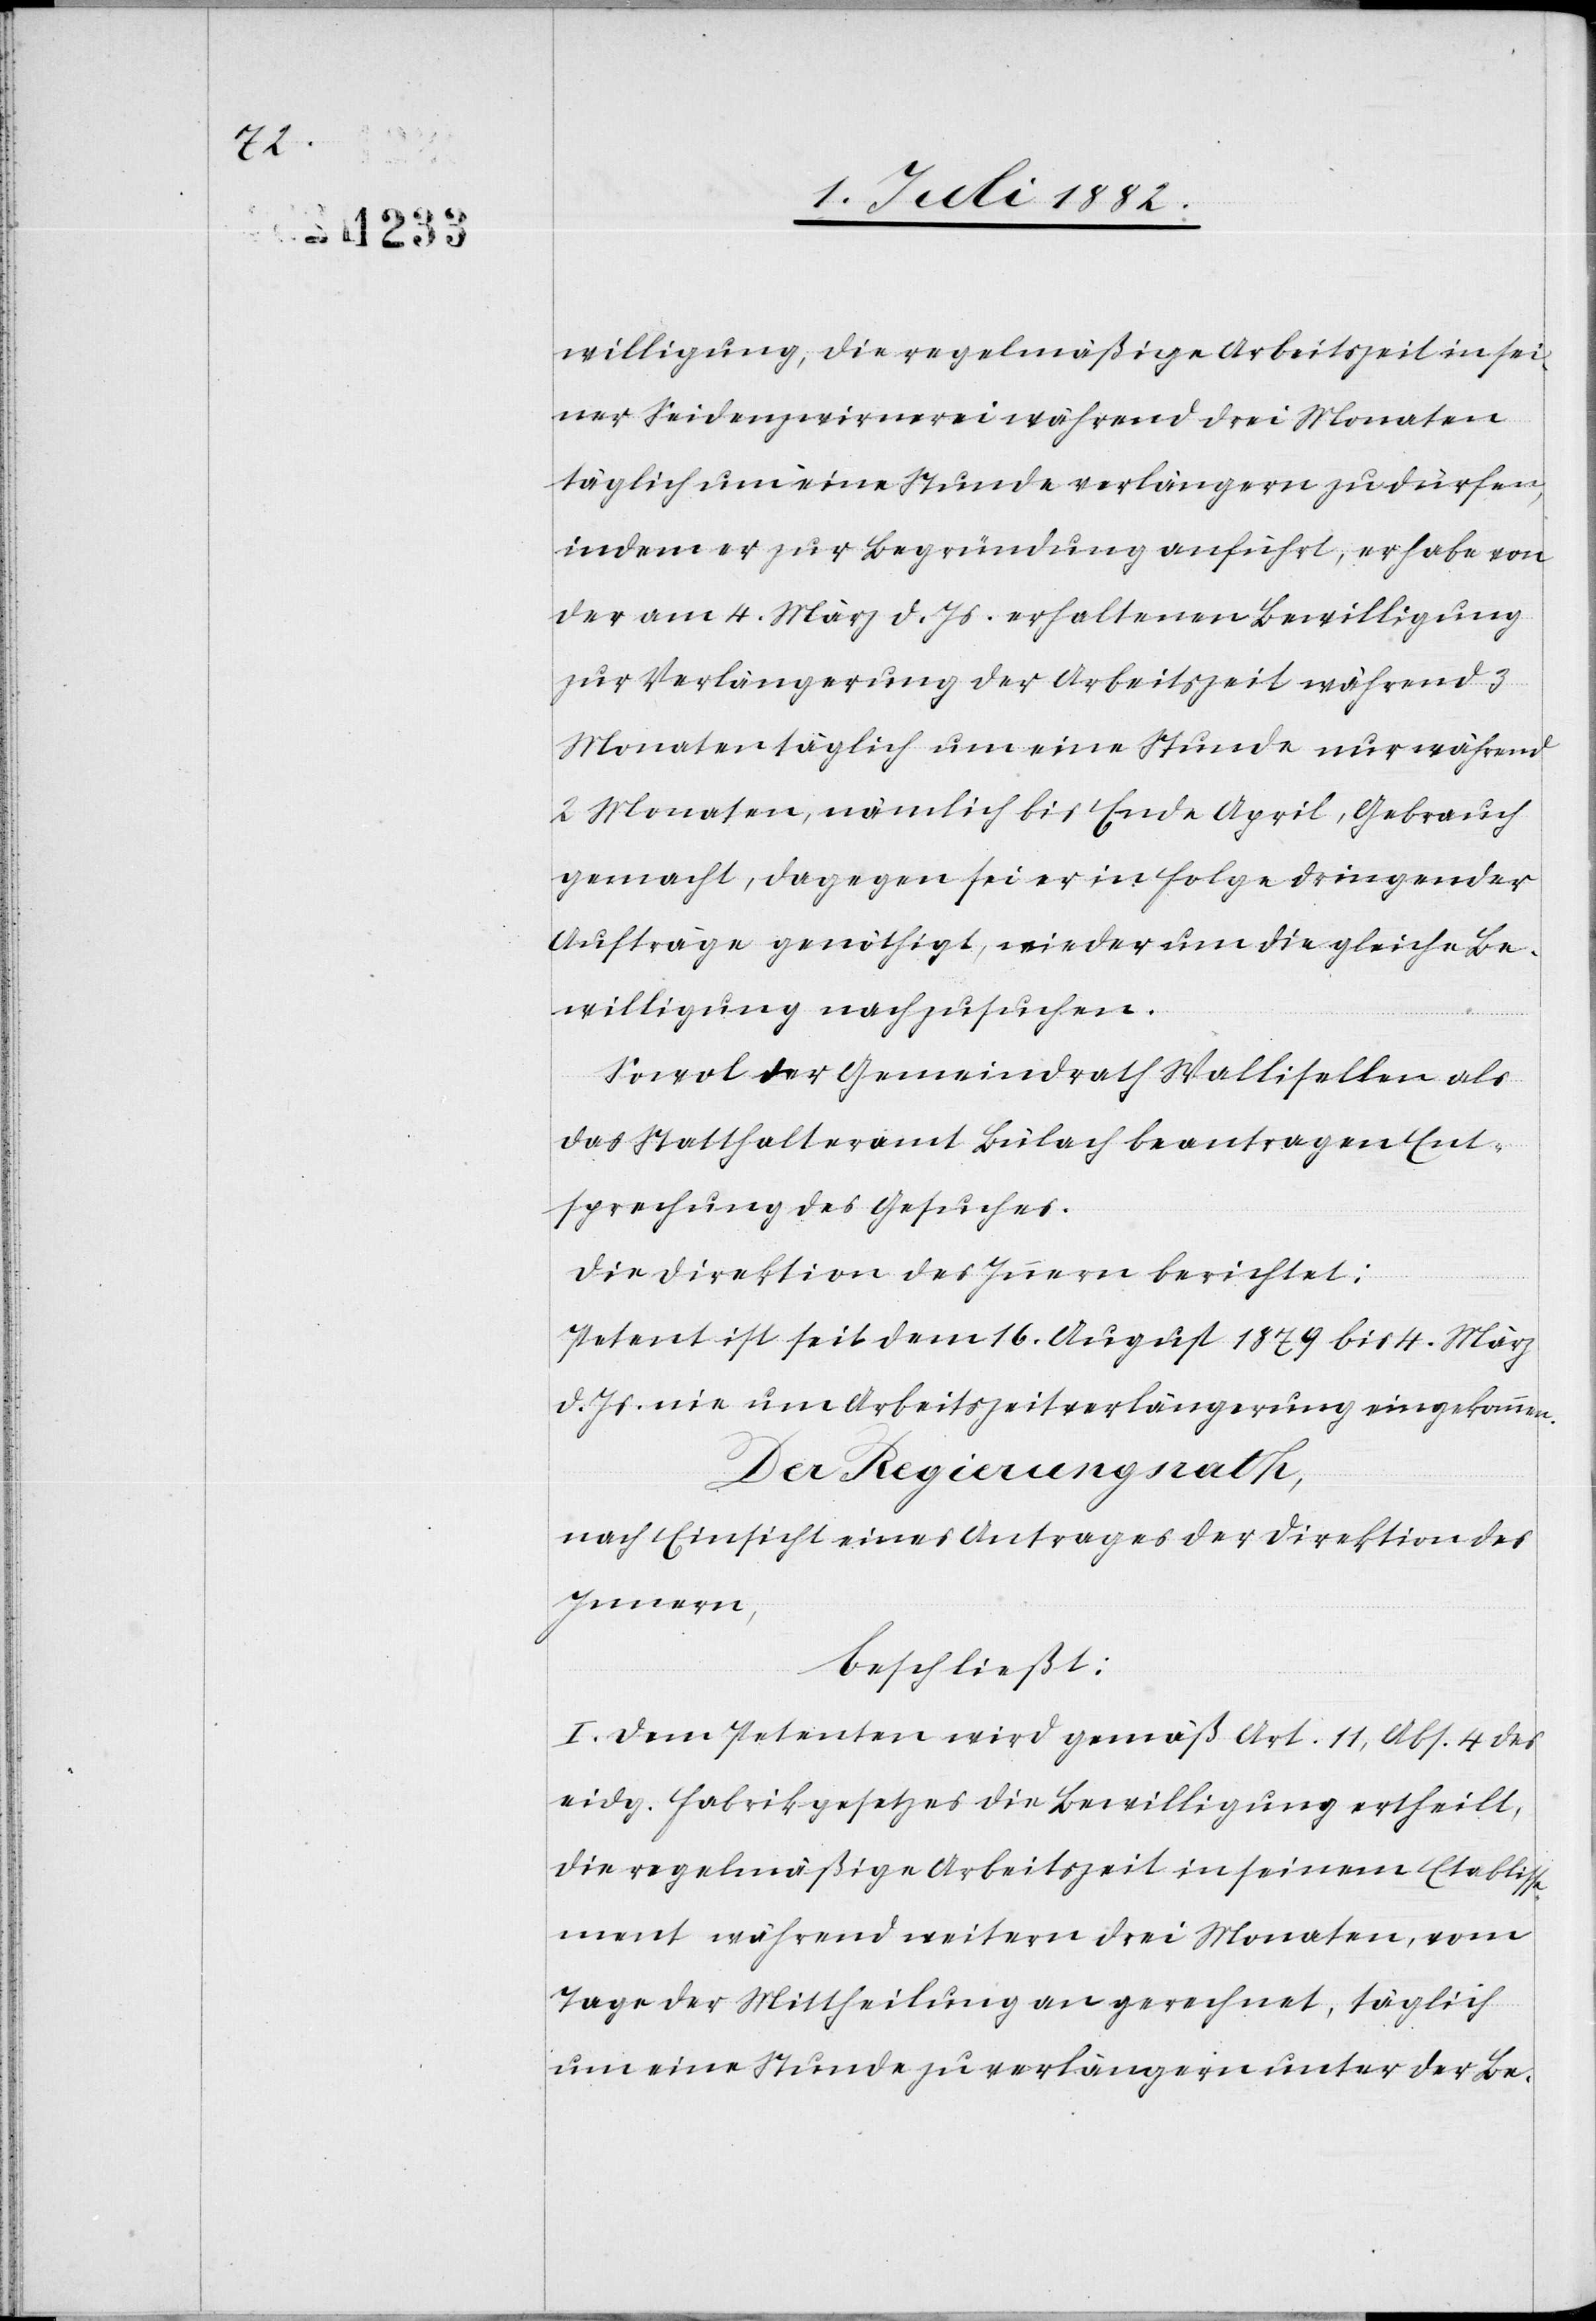
willigung, die regelmäßige Arbeitszeit in sei¬
ner Seidenzwirrnerei während drei Monaten
täglich um eine Stunde verlängern zu dürfen,
indem er zur Begründung anführt, er habe von
der am 4. März d. Js. erhaltenen Bewilligung
zur Verlängerung der Arbeitszeit während 3
Monaten täglich um eine Stunde nur während
2 Monaten, nämlich bis Ende April, Gebrauch
gemacht, dagegen sei er in Folge dringender
Aufträge genöthigt, wieder um die gleiche Be¬
willigung nachzusuchen.
Sowol der Gemeindrath Wallisellen als
das Statthalteramt Bülach beantragen Ent¬
sprechung des Gesuches.
Die Direktion des Innern berichtet:
Petent ist seit dem 16. August 1879 bis 4. März
d. Js. nie um Arbeitszeitverlängerung eingekommen.
Der Regierungsrath,
nach Einsicht eines Antrages der Direktion des
Innern,
beschließt:
I. Dem Petenten wird gemäß Art. 11, Abs. 4 des
eidg. Fabrikgesetzes die Bewilligung ertheilt,
die regelmäßige Arbeitszeit in seinem Etabliss¬
ement während weiterer drei Monate, vom
Tage der Mittheilung an gerechnet, täglich
um eine Stunde zu verlängern unter der Be-